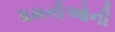
ધમનીઓની